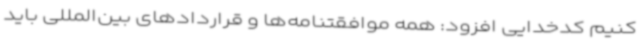
کنیم کدخدایی افزود: همه موافقتنامه‌ها و قراردادهای بین‌المللی باید